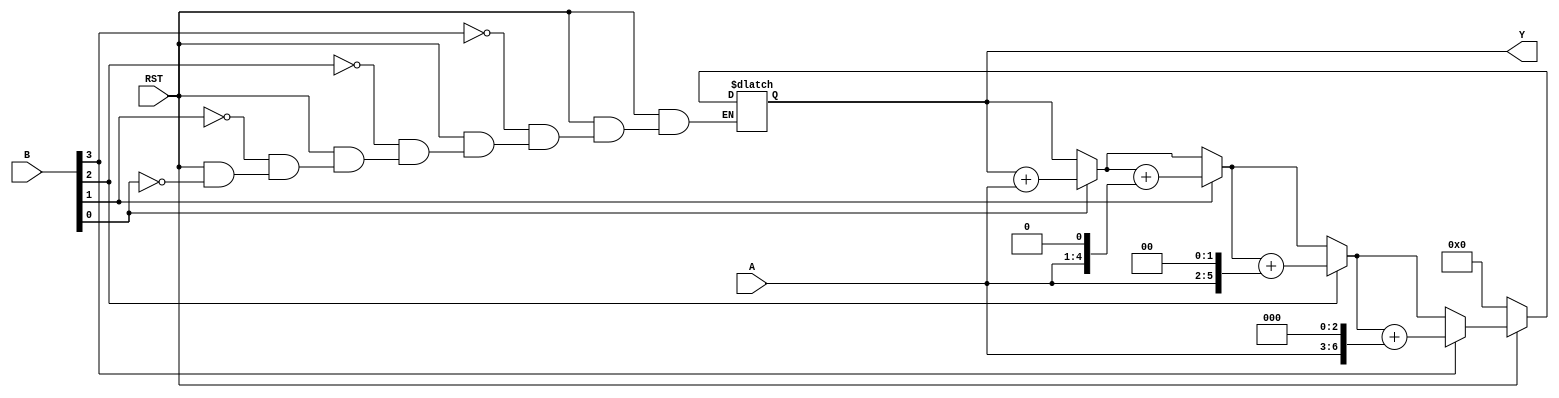
`timescale 1ns / 1ps

module array_mult(
        input RST,
        input [3:0] A, B,
        output reg [7:0] Y
    );
    integer i;
    always @(*) begin
        if (~RST) Y = 8'b0;
        else begin
            for (i=0; i < 4; i=i+1) begin
                if (B[i] == 1'b1) begin
                     Y =  Y + ( A << i );
                 end
            end
        end
    end
endmodule

module full_adder(
        input A, B, Cin,
        output SUM, CARRY);
        assign SUM = A ^ B ^ Cin;
        assign CARRY = (A & B) + (B & Cin) + (A & Cin); 
endmodule